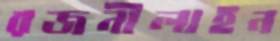
রজনীলাইন